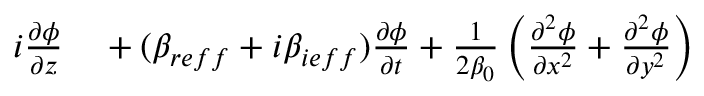
\begin{array} { r l } { i \frac { \partial \phi } { \partial z } } & { { } + ( \beta _ { r e f f } + i \beta _ { i e f f } ) \frac { \partial \phi } { \partial t } + \frac { 1 } { 2 \beta _ { 0 } } \left( \frac { \partial ^ { 2 } \phi } { \partial x ^ { 2 } } + \frac { \partial ^ { 2 } \phi } { \partial y ^ { 2 } } \right) } \end{array}